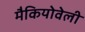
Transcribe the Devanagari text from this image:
मैकियोवेली